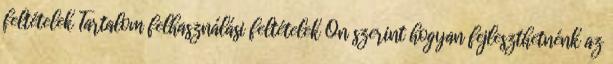
feltételek Tartalom felhasználási feltételek Ön szerint hogyan fejleszthetnénk az